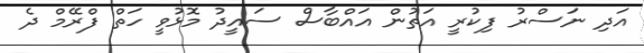
އަދި ނަސްރު ފިކުރީ އަތުން އައްބާސް ސައީދު މޮޅުވީ ހަތް ފްރޭމް ދެ